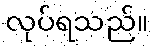
လုပ်ရသည်။